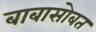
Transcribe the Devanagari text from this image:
बाबासोबत